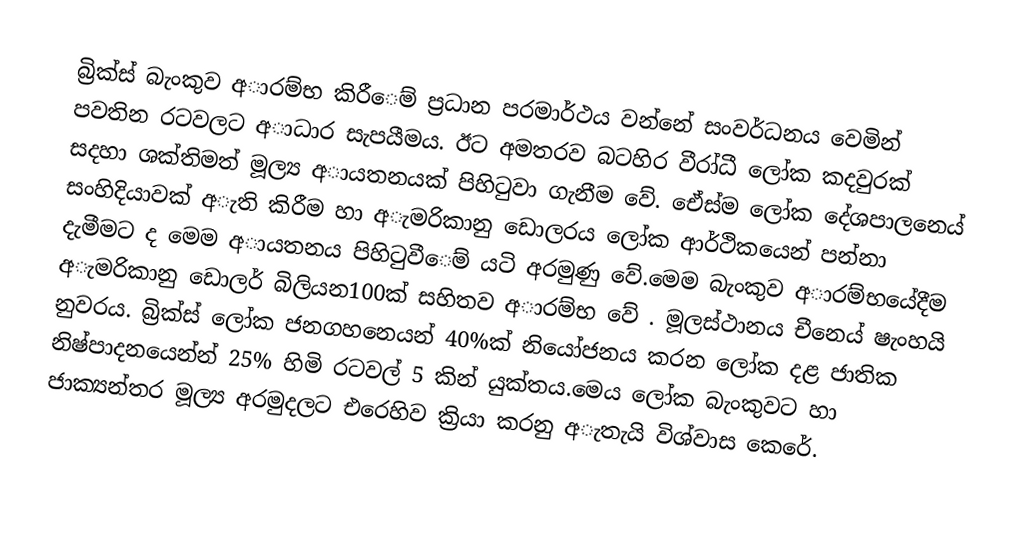
බ්‍රික්ස් බැංකුව අාරම්භ කිරීෙම් ප්‍රධාන පරමාර්ථය වන්නේ සංවර්ධනය වෙමින් පවතින රටවලට අාධාර සැපයීමය. ඊට අමතරව බටහිර වීරා්ධී ලෝක කදවුරක් සදහා ශක්තිමත් මූල්‍ය අායතනයක් පිහිටුවා ගැනීම වේ. ඒෙස්ම ලෝක දේශපාලනෙය් සංහිදියාවක් අැති කිරීම හා අැමරිකානු ඩොලරය ලෝක ආර්ථිකයෙන් පන්නා දැමීමට ද මෙම  අායතනය පිහිටුවීෙම් යටි අරමුණු වේ.මෙම  බැංකුව අාරම්භයේදීම අැමරිකානු ඩොලර් බිලියන100ක් සහිතව අාරම්භ වේ . මූලස්ථානය චීනෙය් ෂැංහයි නුවරය. බ්‍රික්ස් ලෝක ජනගහනෙයන් 40%ක් නියෝජනය කරන ලෝක දළ ජාතික නිෂ්පාදනයෙන්න් 25% හිමි රටවල් 5 කින් යුක්තය.මෙය ලෝක බැංකුවට හා ජාක්‍යන්තර මූල්‍ය අරමුදලට එරෙහිව ක්‍රියා කරනු අැතැයි විශ්වාස කෙරේ.